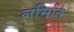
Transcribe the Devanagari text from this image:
लमिति